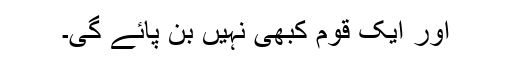
اور ایک قوم کبھی نہیں بن پائے گی۔